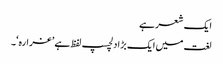
ایک شعر ہے
لغت میں ایک بڑا دلچسپ لفظ ہے ’غرارہ‘۔